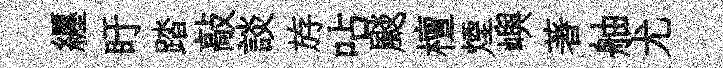
纒盱踏敲談斿呫颷檀煙嶼著舳尤